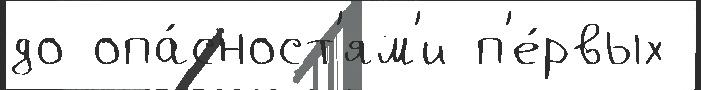
до опа́сност'ям'и п'е́рвых